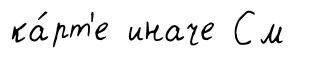
ка́рт'е иначе См